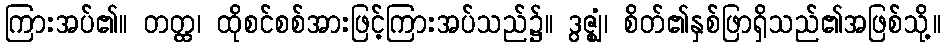
ကြားအပ်၏။ တတ္ထ၊ ထိုစင်စစ်အားဖြင့်ကြားအပ်သည်၌။ ဒွဇ္ဈံ၊ စိတ်၏နှစ်ဖြာရှိသည်၏အဖြစ်သို့။